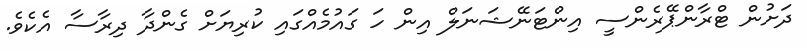
ދަށުން ޓްރާންޕޭރެންސީ އިންޓަނޭޝަނަލް އިން ހަ ގައުމެއްގައި ކުރިޔަށް ގެންދާ ދިރާސާ އެކެވެ.